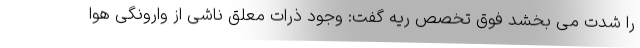
را شدت می بخشد فوق تخصص ریه گفت: وجود ذرات معلق ناشی از وارونگی هوا